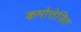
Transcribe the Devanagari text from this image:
कमोत्तेजित